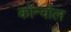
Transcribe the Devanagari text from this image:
कोर्न्वाल